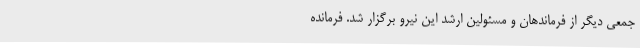
جمعی دیگر از فرماندهان و مسئولین ارشد این نیرو برگزار شد. فرمانده